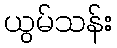
ယွမ်သန်း